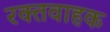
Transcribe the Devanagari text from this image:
रक्तवाहक